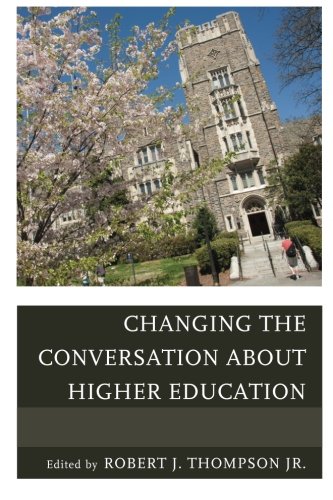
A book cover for Changing the Conversation about Higher Education; Robert Thompson; Education & Teaching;